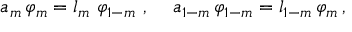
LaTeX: a _ { m } \, \varphi _ { m } = l _ { m } \, \, \varphi _ { 1 - m } \, \, , \, \, \, \, \, \, \, a _ { 1 - m } \, \varphi _ { 1 - m } = l _ { 1 - m } \, \varphi _ { m } \, ,